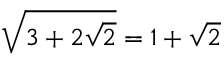
{ \sqrt { 3 + 2 { \sqrt { 2 } } } } = 1 + { \sqrt { 2 } }